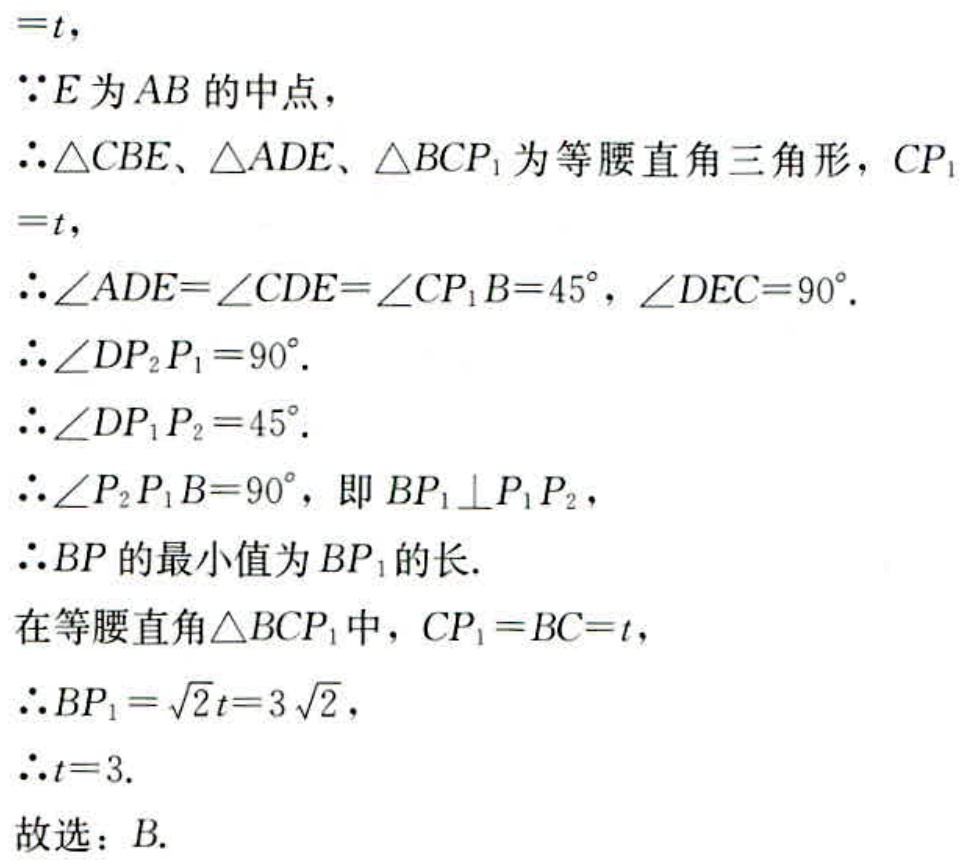
$=t,$
$\because E$为$AB$的中点，
$\therefore \triangle CBE、\triangle ADE、\triangle BCP_{1}$为等腰直角三角形，$CP_{1}=t,$
$\therefore \angle ADE = \angle CDE=\angle CP_{1}B = 45^{\circ},\angle DEC = 90^{\circ}.$
$\therefore \angle DP_{2}P_{1}=90^{\circ}.$
$\therefore \angle DP_{1}P_{2}=45^{\circ}.$
$\therefore \angle P_{2}P_{1}B = 90^{\circ}$，即$BP_{1}\perp P_{1}P_{2},$
$\therefore BP$的最小值为$BP_{1}$的长.
在等腰直角$\triangle BCP_{1}$中，$CP_{1}=BC = t,$
$\therefore BP_{1}=\sqrt{2}t = 3\sqrt{2},$
$\therefore t = 3.$
故选：$B.$